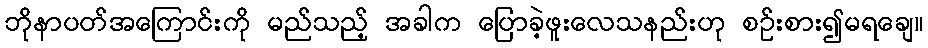
ဘိုနာပတ်အကြောင်းကို မည်သည့် အခါက ပြောခဲ့ဖူးလေသနည်းဟု စဉ်းစား၍မရချေ။